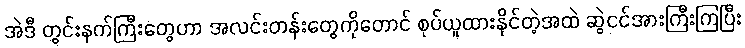
အဲဒီ တွင်းနက်ကြီးတွေဟာ အလင်းတန်းတွေကိုတောင် စုပ်ယူထားနိုင်တဲ့အထဲ ဆွဲငင်အားကြီးကြပြီး